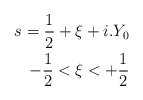
\begin{align*}s=\frac{1}{2}+\xi +i.Y_0\\-\frac{1}{2}<\xi <+\frac{1}{2} \end{align*}